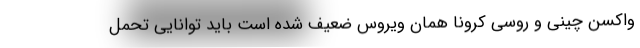
واکسن چینی و روسی کرونا همان ویروس ضعیف شده است باید توانایی تحمل